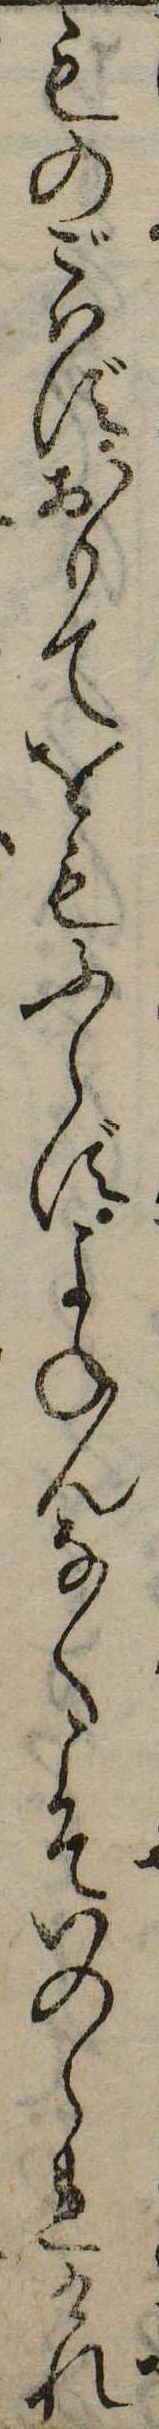
ものごはずおもてをもふらずよねんなくこそいのられけれ